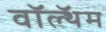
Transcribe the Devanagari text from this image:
वॉल्थॅम